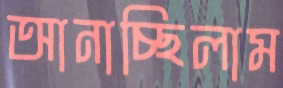
আনাচ্ছিলাম